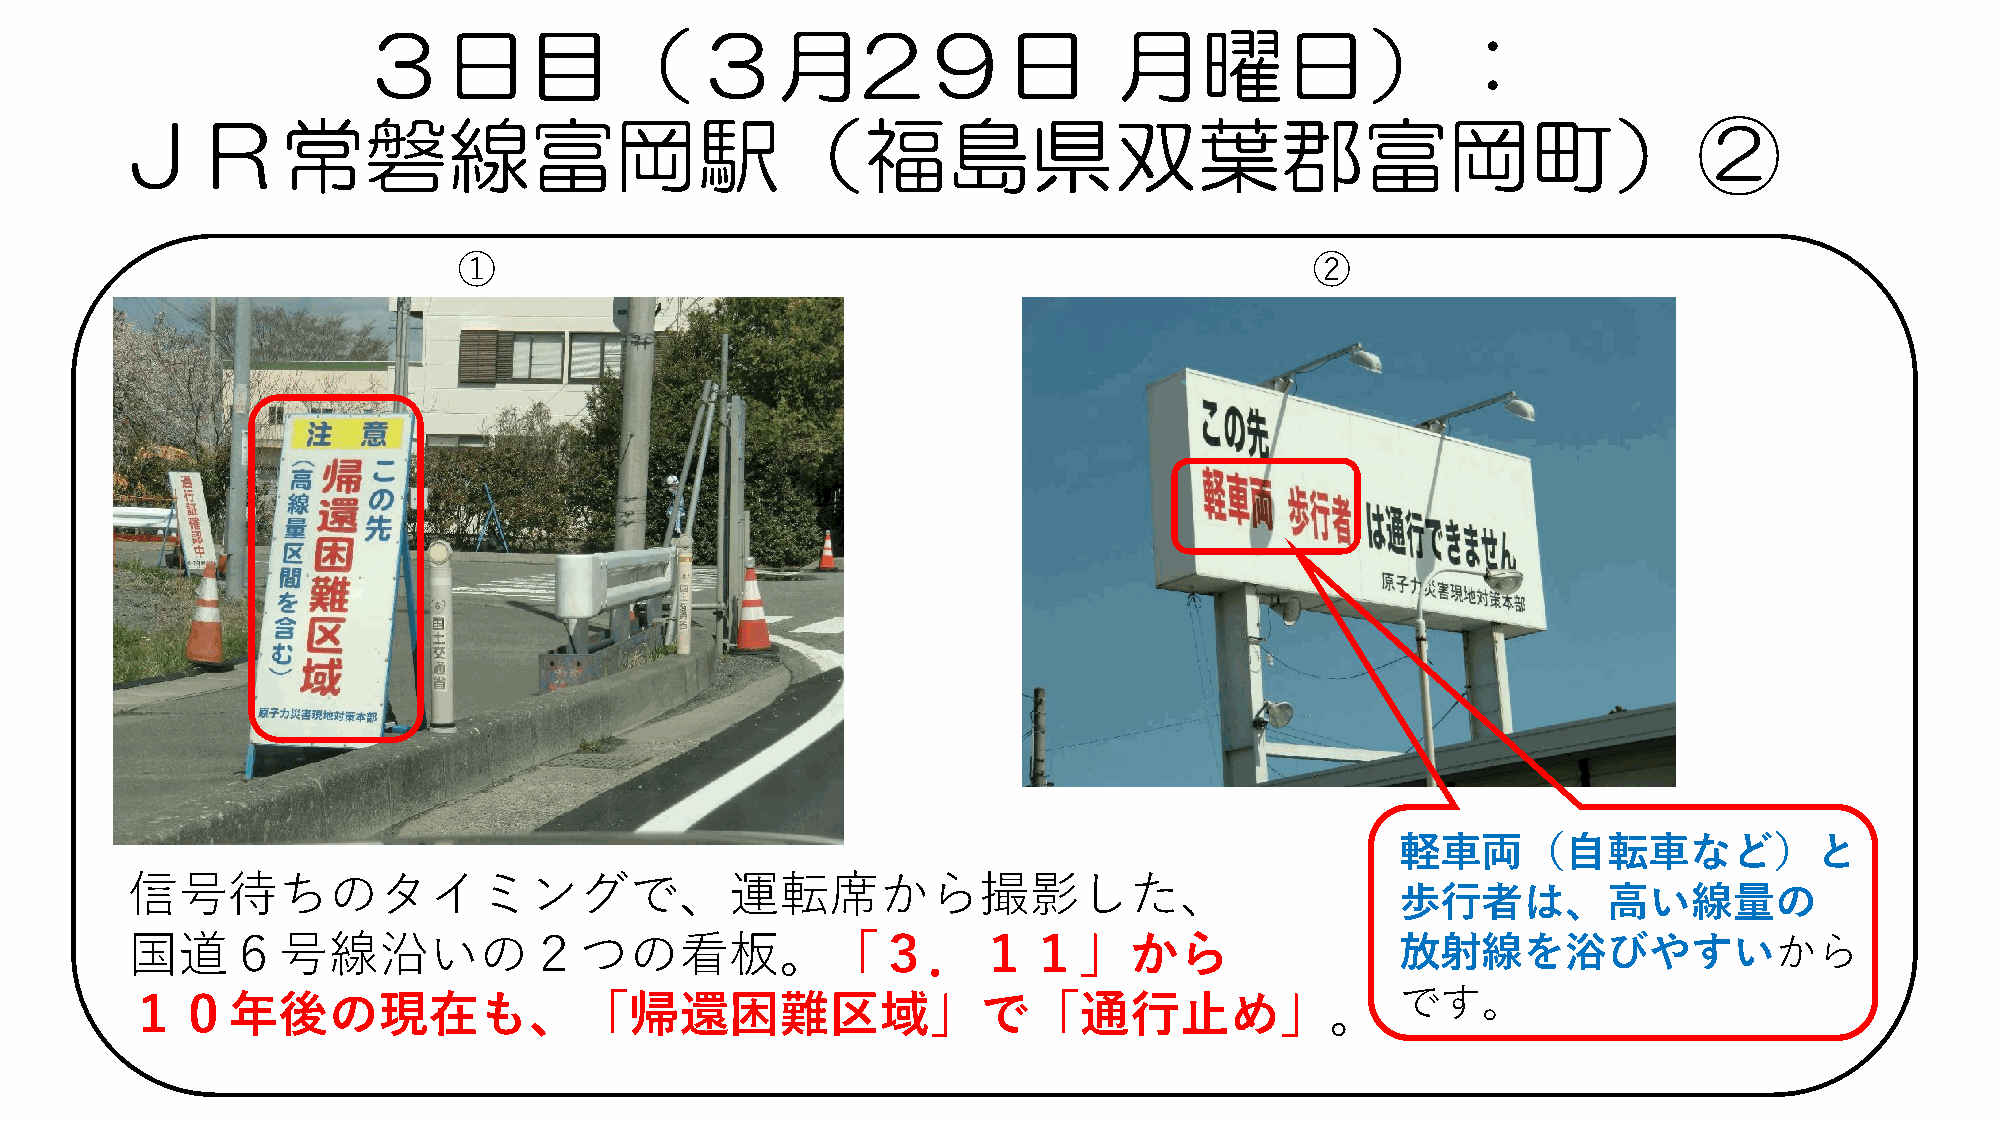
３日目（３月2９日                                         月曜日）：
 ＪＲ常磐線富岡駅（福島県双葉郡富岡町）②
 ①                                                        ②
 軽車両（自転車など）と
 信号待ちのタイミングで、運転席から撮影した、
 歩行者は、高い線量の
 国道６号線沿いの２つの看板。「３．１１」から                                                               放射線を浴びやすいから
 です。
 １０年後の現在も、「帰還困難区域」で「通行止め」。